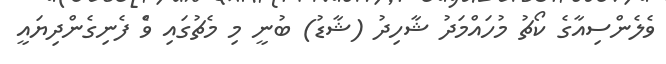
ވެލެންސިއާގެ ކޯޗު މުހައްމަދު ޝާހިދު (ޝާޑު) ބުނީ މި މެޗުގައި ވެް ފެނިގެންދިޔައީ